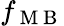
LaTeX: f_{\mathrm{~M~B~}}